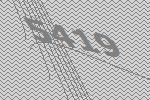
5419